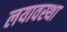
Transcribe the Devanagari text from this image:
लयावस्था